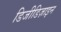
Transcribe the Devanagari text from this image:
डिजीडिज़ाइन